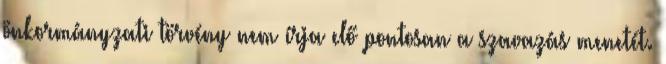
önkormányzati törvény nem írja elő pontosan a szavazás menetét.